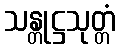
သန္တုဋ္ဌသုတ္တံ